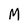
Character: M